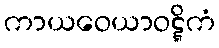
ကာယဝေယာဝဋ္ဋိကံ